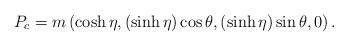
LaTeX: \begin{align*}P_{c} = m \left(\cosh\eta, (\sinh\eta)\cos\theta,(\sinh\eta)\sin\theta, 0 \right) .\end{align*}